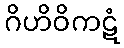
ဂိဟိဝိကဋံ